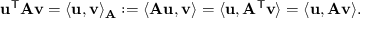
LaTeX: \mathbf { u } ^ { \mathsf { T } } \mathbf { A } \mathbf { v } = \langle \mathbf { u } , \mathbf { v } \rangle _ { \mathbf { A } } : = \langle \mathbf { A } \mathbf { u } , \mathbf { v } \rangle = \langle \mathbf { u } , \mathbf { A } ^ { \mathsf { T } } \mathbf { v } \rangle = \langle \mathbf { u } , \mathbf { A } \mathbf { v } \rangle .